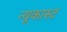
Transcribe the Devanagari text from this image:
न्यूकास्ट